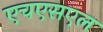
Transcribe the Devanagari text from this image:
एचएसएल